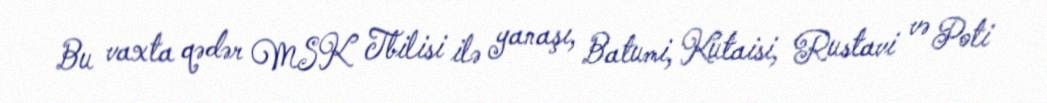
Bu vaxta qədər MSK Tbilisi ilə yanaşı, Batumi, Kutaisi, Rustavi və Poti